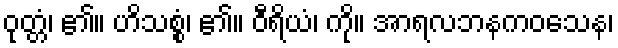
ဝုတ္တံ၊ ၏။ ဟိသစ္စံ၊ ၏။ ဝီရိယံ၊ ကို။ အာရလဘနကဝသေန၊